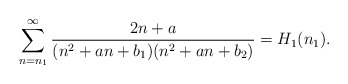
\begin{align*}\sum_{n=n_1}^{\infty}\frac{2n+a}{(n^2+a n+b_1)(n^2+a n+b_2)}=H_1(n_1).\end{align*}